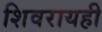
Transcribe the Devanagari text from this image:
शिवरायही